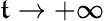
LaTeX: \mathfrak{t}\to+\infty